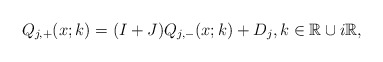
\begin{align*}Q_{j,+}(x ; k)=(I+ J)Q_{j,-}(x;k)+D_j, k \in \mathbb{R} \cup i\mathbb{R},\end{align*}